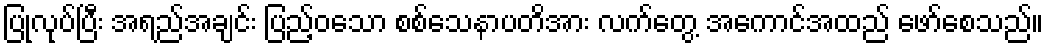
ပြုလုပ်ပြီး အရည်အချင်း ပြည့်ဝသော စစ်သေနာပတိအား လက်တွေ့ အကောင်အထည် ဖော်စေသည်။